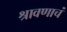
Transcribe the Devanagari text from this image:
श्रावणाचं